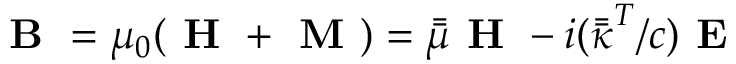
\textbf { B } = \mu _ { 0 } ( \textbf { H } + \textbf { M } ) = \Bar { \Bar { \mu } } \textbf { H } - i ( \Bar { \Bar { \kappa } } ^ { T } / c ) \textbf { E }